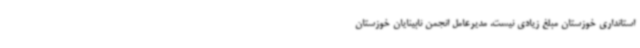
استانداری خوزستان مبلغ زیادی نیست. مدیرعامل انجمن نابینایان خوزستان